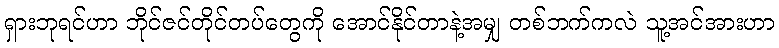
ရှားဘုရင်ဟာ ဘိုင်ဇင်တိုင်တပ်တွေကို အောင်နိုင်တာနဲ့အမျှ တစ်ဘက်ကလဲ သူ့အင်အားဟာ